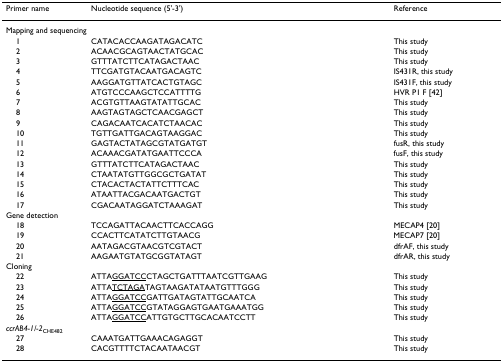
<table><thead><tr><td><b>Primer name</b></td><td><b>Nucleotide sequence (5&#x27;-3&#x27;)</b></td><td><b>Reference</b></td></tr></thead><tbody><tr><td colspan="3">Mapping and sequencing</td></tr><tr><td> 1</td><td>CATACACCAAGATAGACATC</td><td>This study</td></tr><tr><td> 2</td><td>ACAACGCAGTAACTATGCAC</td><td>This study</td></tr><tr><td> 3</td><td>GTTTATCTTCATAGACTAAC</td><td>This study</td></tr><tr><td> 4</td><td>TTCGATGTACAATGACAGTC</td><td>IS431R, this study</td></tr><tr><td> 5</td><td>AAGGATGTTATCACTGTAGC</td><td>IS431F, this study</td></tr><tr><td> 6</td><td>ATGTCCCAAGCTCCATTTTG</td><td>HVR P1 F [42]</td></tr><tr><td> 7</td><td>ACGTGTTAAGTATATTGCAC</td><td>This study</td></tr><tr><td> 8</td><td>AAGTAGTAGCTCAACGAGCT</td><td>This study</td></tr><tr><td> 9</td><td>CAGACAATCACATCTAACAC</td><td>This study</td></tr><tr><td> 10</td><td>TGTTGATTGACAGTAAGGAC</td><td>This study</td></tr><tr><td> 11</td><td>GAGTACTATAGCGTATGATGT</td><td>fusR, this study</td></tr><tr><td> 12</td><td>ACAAACGATATGAATTCCCA</td><td>fusF, this study</td></tr><tr><td> 13</td><td>GTTTATCTTCATAGACTAAC</td><td>This study</td></tr><tr><td> 14</td><td>CTAATATGTTGGCGCTGATAT</td><td>This study</td></tr><tr><td> 15</td><td>CTACACTACTATTCTTTCAC</td><td>This study</td></tr><tr><td> 16</td><td>ATAATTACGACAATGACTGT</td><td>This study</td></tr><tr><td> 17</td><td>CGACAATAGGATCTAAAGAT</td><td>This study</td></tr><tr><td colspan="3">Gene detection</td></tr><tr><td> 18</td><td>TCCAGATTACAACTTCACCAGG</td><td>MECAP4 [20]</td></tr><tr><td> 19</td><td>CCACTTCATATCTTGTAACG</td><td>MECAP7 [20]</td></tr><tr><td> 20</td><td>AATAGACGTAACGTCGTACT</td><td>dfrAF, this study</td></tr><tr><td> 21</td><td>AAGAATGTATGCGGTATAGT</td><td>dfrAR, this study</td></tr><tr><td colspan="3">Cloning</td></tr><tr><td> 22</td><td>ATTA<underline>GGATCC</underline>CTAGCTGATTTAATCGTTGAAG</td><td>This study</td></tr><tr><td> 23</td><td>ATTA<underline>TCTAGA</underline>TAGTAAGATATAATGTTTGGG</td><td>This study</td></tr><tr><td> 24</td><td>ATTA<underline>GGATCC</underline>GATTGATAGTATTGCAATCA</td><td>This study</td></tr><tr><td> 25</td><td>ATTA<underline>GGATCC</underline>GTATAGGAGTGAATGAAATGG</td><td>This study</td></tr><tr><td> 26</td><td>ATTA<underline>GGATCC</underline>ATTGTGCTTGCACAATCCTT</td><td>This study</td></tr><tr><td colspan="3"><i>ccrAB4-1/-2</i><sub>CHE482</sub></td></tr><tr><td> 27</td><td>CAAATGATTGAAACAGAGGT</td><td>This study</td></tr><tr><td> 28</td><td>CACGTTTTCTACAATAACGT</td><td>This study</td></tr></tbody></table>